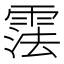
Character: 𬰂